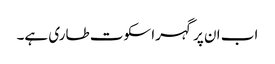
اب ان پر گہرا سکوت طاری ہے۔